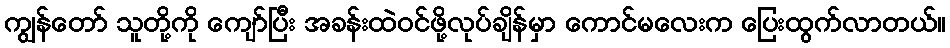
ကျွန်တော် သူတို့ကို ကျော်ပြီး အခန်းထဲဝင်ဖို့လုပ်ချိန်မှာ ကောင်မလေးက ပြေးထွက်လာတယ်။